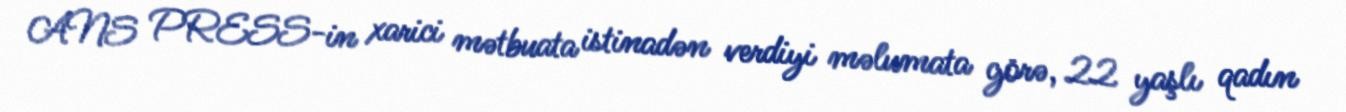
ANS PRESS-in xarici mətbuata istinadən verdiyi məlumata görə, 22 yaşlı qadın